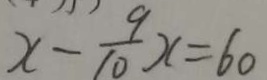
x - \frac { 9 } { 1 0 } x = 6 0